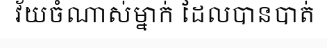
វ័យចំណាស់ម្នាក់ ដែលបានបាត់